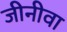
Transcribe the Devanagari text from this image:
जीनीवा